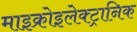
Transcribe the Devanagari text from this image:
माइक्रोइलेक्ट्रानिक